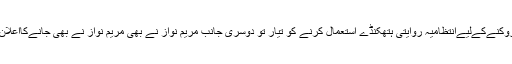
جلسہ روکنےکےلیےانتظامیہ روایتی ہتھکنڈے استعمال کرنے کو تیار تو دوسری جانب مریم نواز نے بھی مریم نواز نے بھی جانےکااعلان کردیا۔